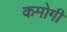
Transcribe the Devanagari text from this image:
कमोगी